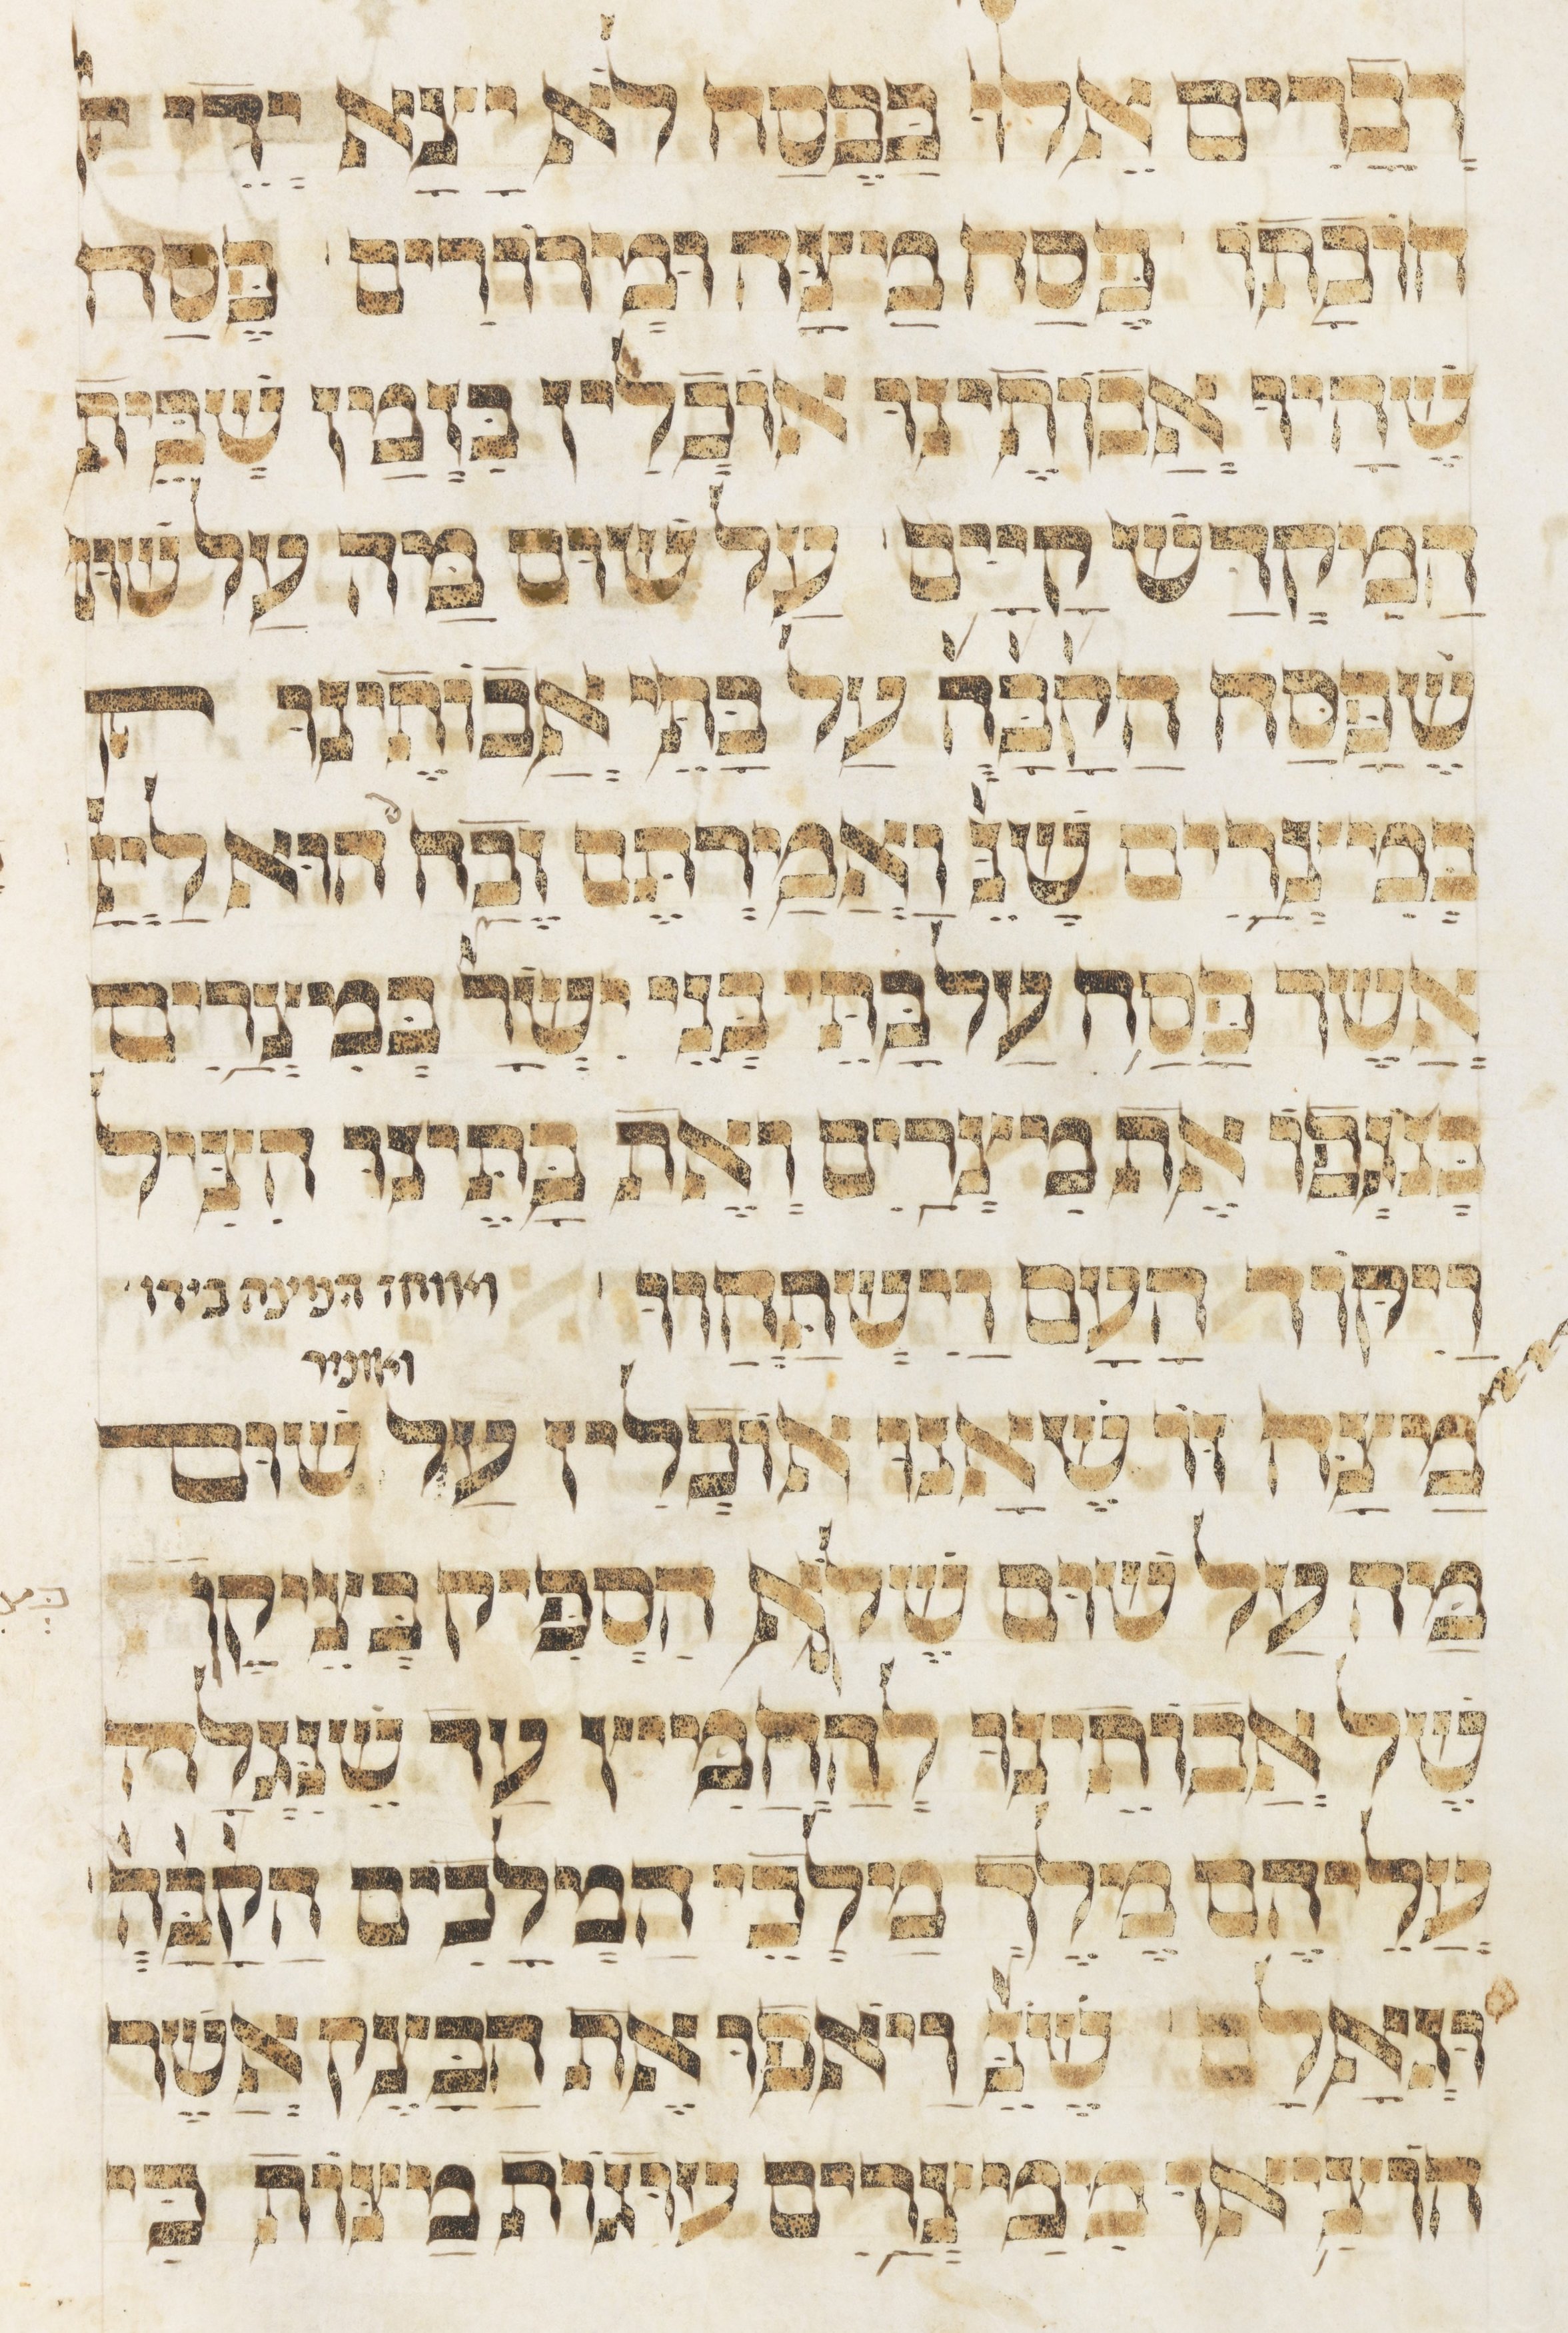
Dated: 1400–1499